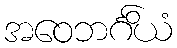
အဝေဘင်္ဂိယံ